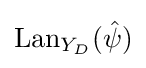
\mathrm {Lan} _{Y_{D}}({\hat {\psi }})